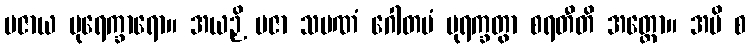
ပဇာယ ပုရေက္ခာရော။ အယဉှိ ပဇာ သမဏံ ဂေါတမံ ပုရက္ခတွာ စရတီတိ အတ္ထော။ အပိ စ